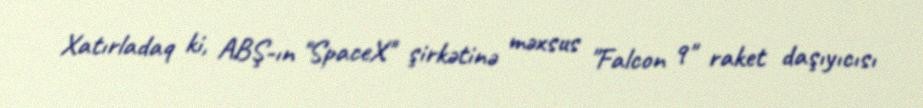
Xatırladaq ki, ABŞ-ın "SpaceX" şirkətinə məxsus "Falcon 9" raket daşıyıcısı